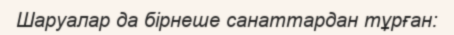
Шаруалар да бірнеше санаттардан тұрған: